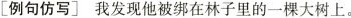
[例句仿写] 我发现他被绑在林子里的一棵大树上。